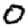
Digit: 0